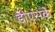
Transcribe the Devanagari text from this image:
डीएसके